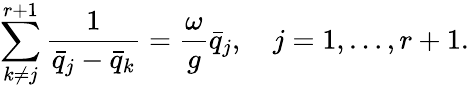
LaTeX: \sum_{k\ne j}^{r+1}{\frac{1}{\bar{q}_{j}-\bar{q}_{k}}}={\frac{\omega}{g}}\bar{q}_{j},\quad j=1,\ldots,r+1.